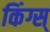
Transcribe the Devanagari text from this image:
किंग्स्